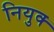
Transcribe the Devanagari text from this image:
नियुक्‍